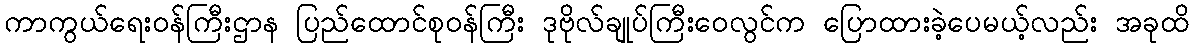
ကာကွယ်ရေးဝန်ကြီးဌာန ပြည်ထောင်စုဝန်ကြီး ဒုဗိုလ်ချုပ်ကြီးဝေလွင်က ပြောထားခဲ့ပေမယ့်လည်း အခုထိ